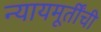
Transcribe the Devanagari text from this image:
न्यायमूर्तींची